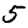
Digit: 5